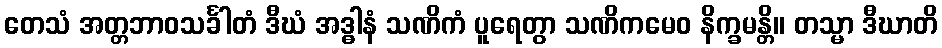
တေသံ အတ္တဘာဝသင်္ခါတံ ဒီဃံ အဒ္ဓါနံ သဏိကံ ပူရေတွာ သဏိကမေဝ နိက္ခမန္တိ။ တသ္မာ ဒီဃာတိ